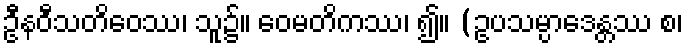
ဦနဝီသတိဝေဿ၊ သူ၌။ ဝေမတိကဿ၊ ၍။ (ဥပသမ္ပာဒေန္တဿ စ၊